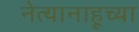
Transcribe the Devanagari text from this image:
नेत्यानाहूच्या